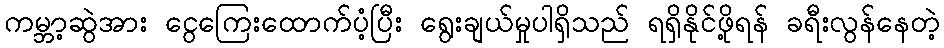
ကမ္ဘာ့ဆွဲအား ငွေကြေးထောက်ပံ့ပြီး ရွေးချယ်မှုပါရှိသည် ရရှိနိုင်ဖို့ရန် ခရီးလွန်နေတဲ့